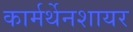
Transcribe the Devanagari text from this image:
कार्मर्थेनशायर